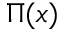
\Pi ( x )